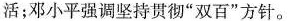
活；邓小平强调坚持贯彻”双百”方针。